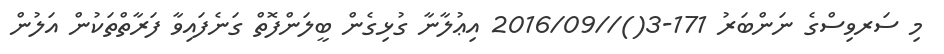
މި ސަރވިސްގެ ނަންބަރު 171-3()//2016/09 އިޢުލާނާ ގުޅިގެން ބީލަންފޮތް ގަނެފައިވާ ފަރާތްތަކުން އަލުން